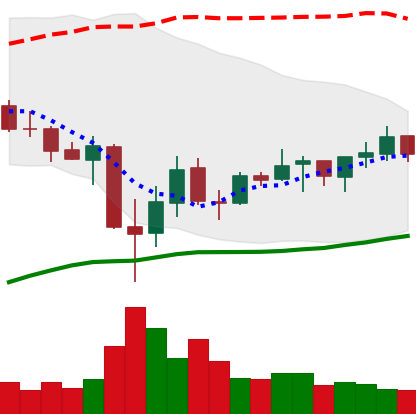
Ticker: ADA-USD
Chart end date: 2021-07-05
Forward return: -4.898%
Label: down_3_5